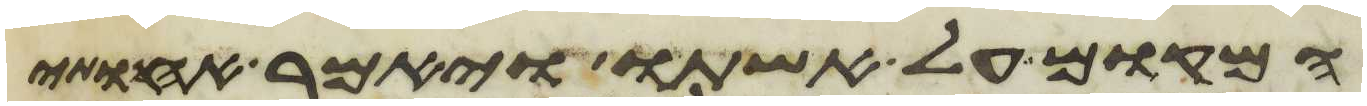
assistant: המקום על אשתו ויאמר אחותי